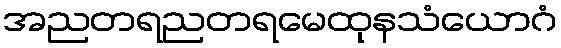
အညတရညတရမေထုနသံယောဂံ